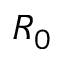
R _ { 0 }